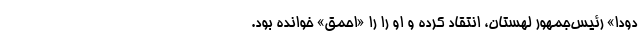
دودا» رئیس‌جمهور لهستان، انتقاد کرده و او را را «احمق» خوانده بود.